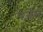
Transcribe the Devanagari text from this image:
पेजेस्